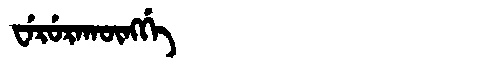
Manchu: ᠸᡝᡵᡠᡵᠠᡴᡡᠩᡤᡝ
Romanization: WERURAKŪNGGE